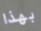
بهذا